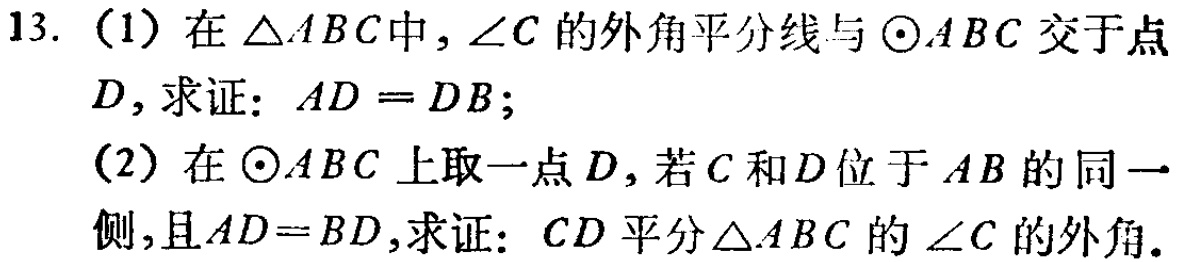
13. (1) 在\(\triangle ABC\)中，\(\angle C\)的外角平分线与\(\odot ABC\)交于点\(D\)，求证：\(AD = DB\)；
(2) 在\(\odot ABC\)上取一点\(D\)，若\(C\)和\(D\)位于\(AB\)的同一侧，且\(AD = BD\)，求证：\(CD\)平分\(\triangle ABC\)的\(\angle C\)的外角。